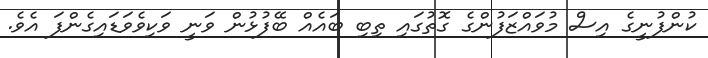
ކުންފުނީގެ އިސް މުވައްޒަފުންގެ ގޮތުގައި ތިބި ބައެއް ބޭފުޅުން ވަނީ ވަކިވެވަޑައިގެންފަ އެވެ.